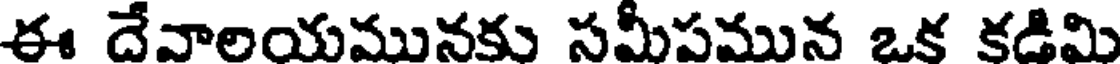
ఈ దేవాలయమునకు సమీపమున ఒక కడిమి